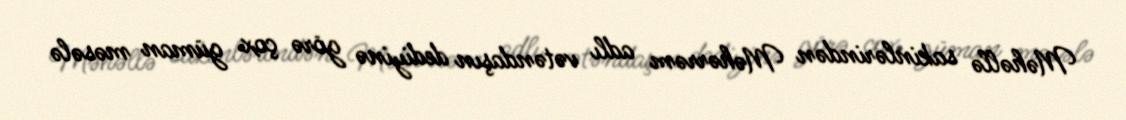
Məhəllə sakinlərindən Məhərrəm adlı vətəndaşın dediyinə görə çox güman məsələ